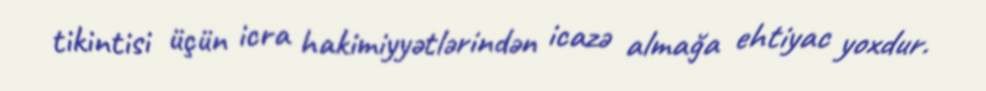
tikintisi üçün icra hakimiyyətlərindən icazə almağa ehtiyac yoxdur.